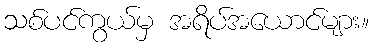
သစ်ပင်ကွယ်မှ အရိပ်အယောင်များ။